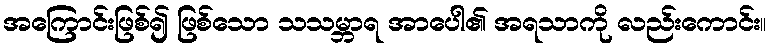
အကြောင်းဖြစ်၍ ဖြစ်သော သသမ္ဘာရ အာပေါ၏ အရသာကို လည်းကောင်း။